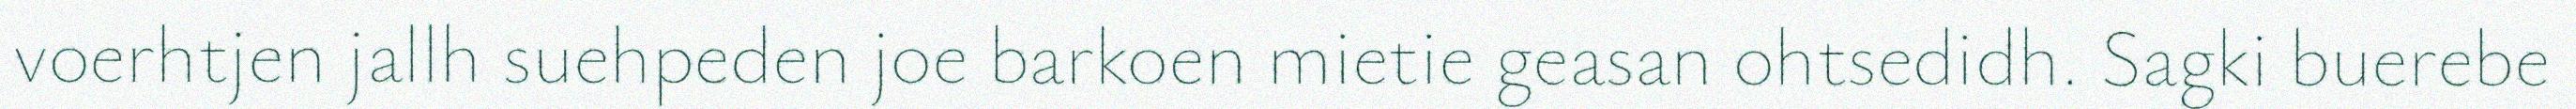
voerhtjen jallh suehpeden joe barkoen mietie geasan ohtsedidh. Sagki buerebe